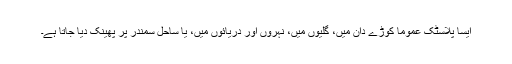
ایسا پلاسٹک عموماً کوڑے دان میں، گلیوں میں، نہروں اور دریائوں میں، یا ساحلِ سمندر پر پھینک دیا جاتا ہے۔